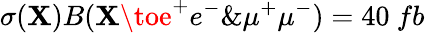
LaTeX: \sigma(\mathbf{X})B(\mathbf{X}\toe^{+}e^{-}\& \mu^{+}\mu^{-})=40~fb